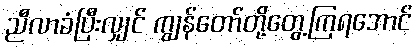
ညီလာခံပြီးလျှင် ကျွန်တော်တို့တွေ့ကြရအောင်